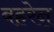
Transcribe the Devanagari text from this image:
बह़रेन्